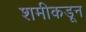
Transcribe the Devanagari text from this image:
शमीकडून